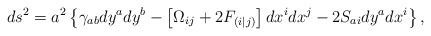
\begin{align*}ds^2 = a^2\left\{\gamma_{ab} dy^a dy^b -\left[ \Omega_{ij}+ 2F_{(i|j)}\right] dx^i dx^j-2 S_{ai}dy^a dx^i\right\},\end{align*}